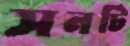
সনটি